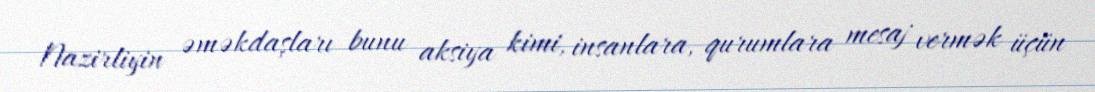
Nazirliyin əməkdaşları bunu aksiya kimi, insanlara, qurumlara mesaj vermək üçün